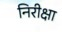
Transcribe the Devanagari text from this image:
निरीक्षा